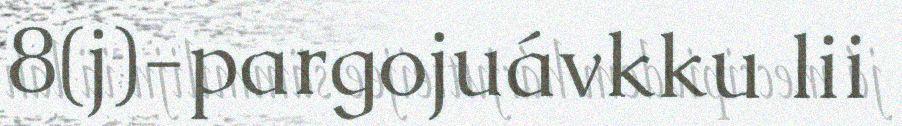
8(j)-pargojuávkku lii